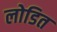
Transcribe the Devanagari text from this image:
लोडित